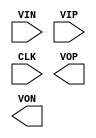
// dcdcInst: AUX CELL DCDC_COMP
(* keep *)
(* keep_hierarchy *)
(* blackbox *) module DCDC_COMP(
  input VIN,
  input VIP,
  input CLK,
  output VOP,
  output VON
);
parameter dont_touch = "on";
endmodule



// DCDC_MUX
(* keep *)
(* keep_hierarchy *)
(* blackbox *) module DCDC_MUX(
  input SEL_H,
  //input SEL_INV_H,
  input SEL_L,
  //input SEL_INV_L,
  input VIN,
  output VOUT_H,
  output VOUT_L
);
parameter dont_touch = "on";
endmodule

// dcdc_config
(* keep *)
(* keep_hierarchy *)
(* blackbox *) module dcdc_config(
  input  [5:0] a,
  output [11:0] s
);
parameter dont_touch = "on";
endmodule

// six_stage_conv
(* keep *)
(* keep_hierarchy *)
(* blackbox *) module six_stage_conv (
  output VOUT,
	input [5:0] sel_vh, sel_vl,
  input w_clk0, w_clk0b, w_clk1, w_clk1b
);
parameter dont_touch = "on";
endmodule

// DCDC_DAC
(* keep *)
(* keep_hierarchy *)
(* blackbox *) module DCDC_DAC(
  input D0, D1, D2, D3, D4, D5,
  input RST,
  input REF,
  output VOUT
);
parameter dont_touch = "on";
endmodule


// NON_CLK_GEN
(* keep *)
(* keep_hierarchy *)
(* blackbox *) module NON_CLK_GEN(
  input clk,
  input clk_in,
  input rst_n,
  input control,
  input [8:0] seed,
  output clk0, clk0b, clk1, clk1b
);
parameter dont_touch = "on";
endmodule